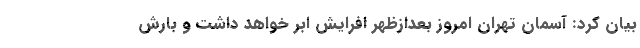
بیان کرد: آسمان تهران امروز بعدازظهر افرایش ابر خواهد داشت و بارش